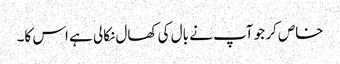
خاص کر جو آپ نے بال کی کھال نکالی ہے اس کا۔